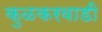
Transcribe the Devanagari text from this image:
कुळकरवाडी